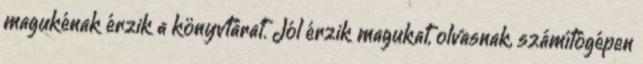
magukénak érzik a könyvtárat. Jól érzik magukat, olvasnak, számítógépen